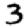
Digit: 3